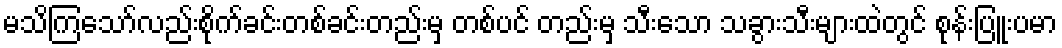
မသိကြသော်လည်းစိုက်ခင်းတစ်ခင်းတည်းမှ တစ်ပင် တည်းမှ သီးသော သခွားသီးများထဲတွင် စုန်းပြူးပမာ